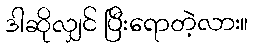
ဒါဆိုလျှင် ပြီးရောတဲ့လား။